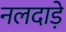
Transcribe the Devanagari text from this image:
नलदाड़े